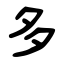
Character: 多